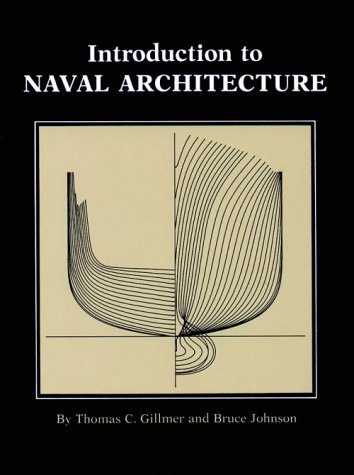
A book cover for Introduction to Naval Architecture; Thomas C Gillmer; Engineering & Transportation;